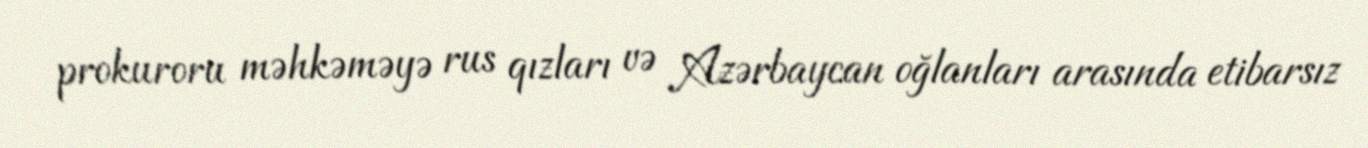
prokuroru məhkəməyə rus qızları və Azərbaycan oğlanları arasında etibarsız